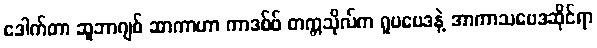
ဒေါက်တာ ဆူဘာဂျစ် ဆာကာဟာ ကာဒစ်ဖ် တက္ကသိုလ်က ရူပဗေဒနဲ့ အာကာသဗေဒဆိုင်ရာ